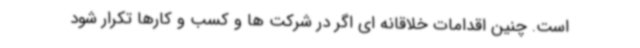
است. چنین اقدامات خلاقانه ای اگر در شرکت ها و کسب و کارها تکرار شود